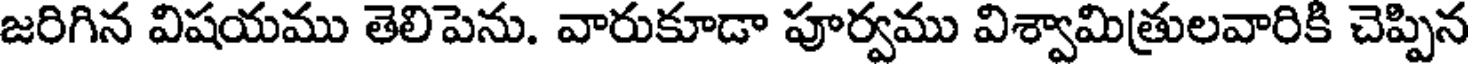
జరిగిన విషయము తెలిపెను. వారుకూడా పూర్వము విశ్వామిత్రులవారికి చెప్పిన